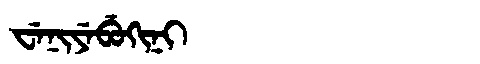
Manchu: ᠸᡝᠨᡳᠶᡝᠪᡠᡴᡳᠨᡳ
Romanization: WENIYEBUKINI